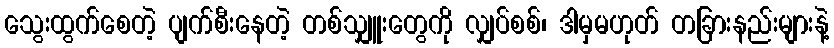
သွေးထွက်စေတဲ့ ပျက်စီးနေတဲ့ တစ်သျှူးတွေကို လျှပ်စစ်၊ ဒါမှမဟုတ် တခြားနည်းများနဲ့